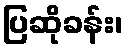
ပြဆိုခန်း၊